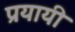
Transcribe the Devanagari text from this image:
प्रयायी